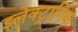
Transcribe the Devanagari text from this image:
इलेक्‍ट्रानिक